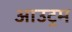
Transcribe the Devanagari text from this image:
आउट्रम